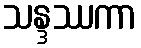
သန္ဒဿကာ